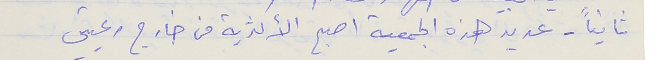
ثانياً – عديد هذه الجمعية اصبح الأكثرية من خارج رعيتي